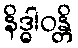
နိဒ္ဓါဝန္တိ